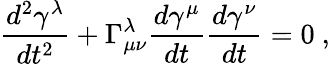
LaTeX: {\frac{d^{2}\gamma^{\lambda}}{dt^{2}}}+\Gamma_{\mu\nu}^{\lambda}{\frac{d\gamma^{\mu}}{dt}}{\frac{d\gamma^{\nu}}{dt}}=0\ ,